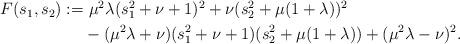
LaTeX: \begin{align*}\begin{aligned} F(s_1,s_2):=&\ \mu^2\lambda(s_1^2+\nu+1)^2+ \nu(s_2^2+\mu(1+\lambda))^2\\ &-(\mu^2\lambda+\nu)(s_1^2+\nu+1)(s_2^2+\mu(1+\lambda))+(\mu^2\lambda-\nu)^2.\end{aligned}\end{align*}